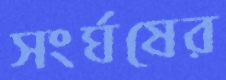
সংর্ঘষের